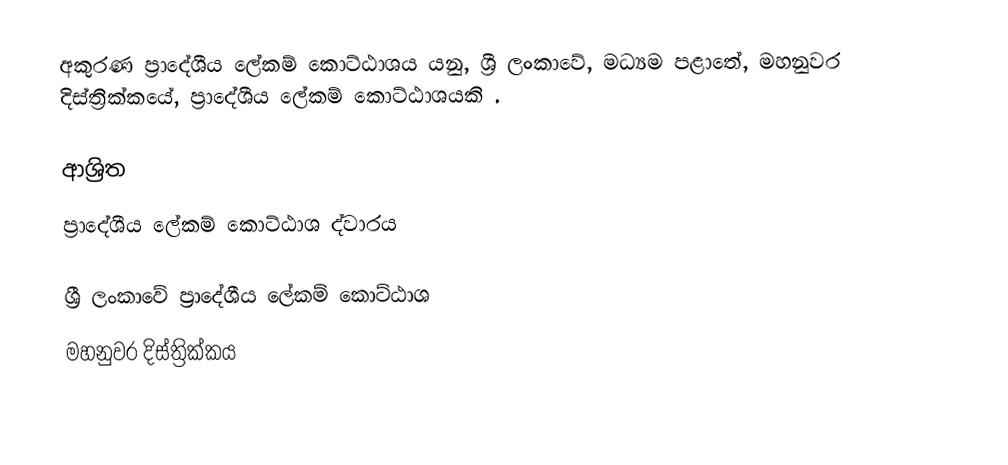
අකුරණ ප්‍රාදේශීය ලේකම් කොට්ඨාශය යනු, ශ්‍රී ලංකාවේ, මධ්‍යම පළාතේ,   මහනුවර දිස්ත්‍රික්කයේ, ප්‍රාදේශීය ලේකම් කොට්ඨාශයකි .

ආශ්‍රිත
 ප්‍රාදේශීය ලේකම් කොට්ඨාශ ද්වාරය

ශ්‍රී ලංකාවේ ප්‍රාදේශීය ලේකම් කොට්ඨාශ
මහනුවර දිස්ත්‍රික්කය